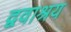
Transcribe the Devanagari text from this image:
द्ववाश्रय